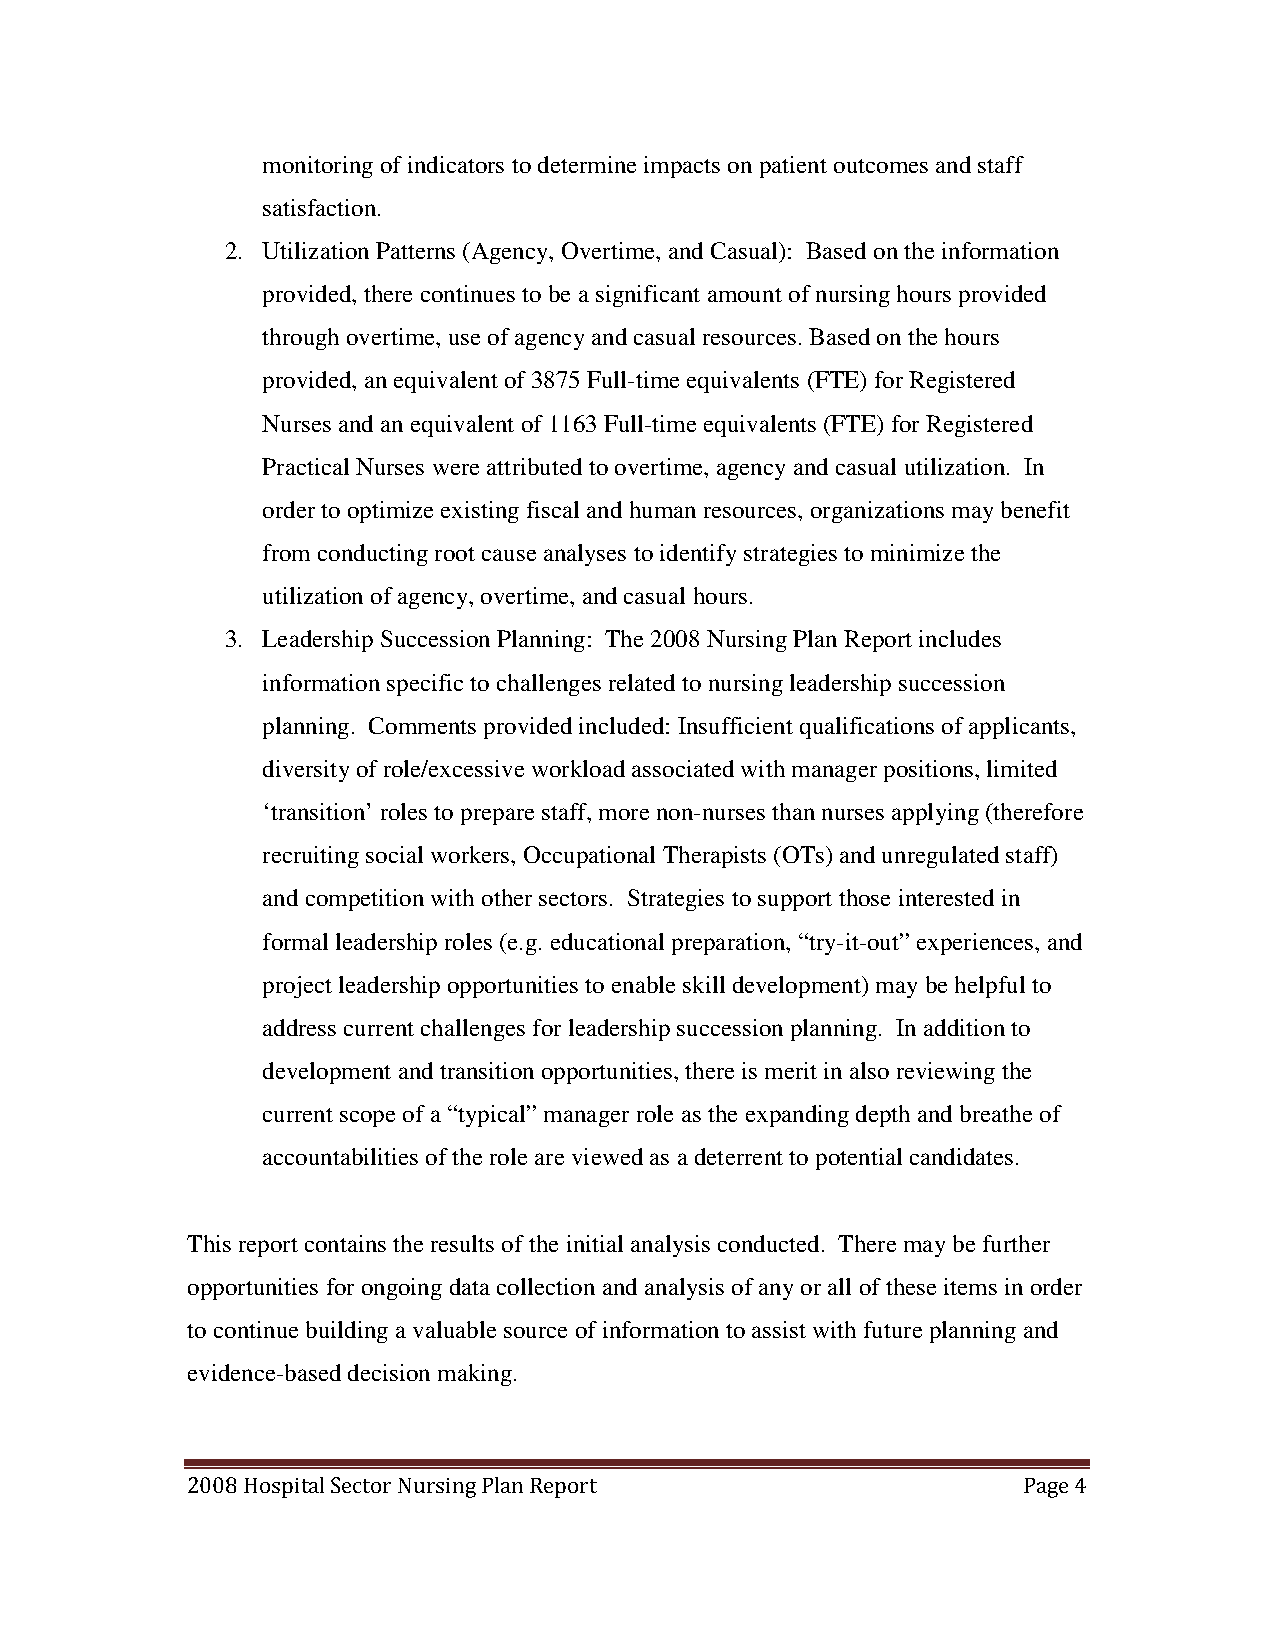
monitoring of indicators to determine impacts on patient outcomes and staff
 satisfaction.
 2. Utilization Patterns (Agency, Overtime, and Casual): Based on the information
 provided, there continues to be a significant amount of nursing hours provided
 through overtime, use of agency and casual resources. Based on the hours
 provided, an equivalent of 3875 Full-time equivalents (FTE) for Registered
 Nurses and an equivalent of 1163 Full-time equivalents (FTE) for Registered
 Practical Nurses were attributed to overtime, agency and casual utilization. In
 order to optimize existing fiscal and human resources, organizations may benefit
 from conducting root cause analyses to identify strategies to minimize the
 utilization of agency, overtime, and casual hours.
 3. Leadership Succession Planning: The 2008 Nursing Plan Report includes
 information specific to challenges related to nursing leadership succession
 planning. Comments provided included: Insufficient qualifications of applicants,
 diversity of role/excessive workload associated with manager positions, limited
 ‘transition’ roles to prepare staff, more non-nurses than nurses applying (therefore
 recruiting social workers, Occupational Therapists (OTs) and unregulated staff)
 and competition with other sectors. Strategies to support those interested in
 formal leadership roles (e.g. educational preparation, “try-it-out” experiences, and
 project leadership opportunities to enable skill development) may be helpful to
 address current challenges for leadership succession planning. In addition to
 development and transition opportunities, there is merit in also reviewing the
 current scope of a “typical” manager role as the expanding depth and breathe of
 accountabilities of the role are viewed as a deterrent to potential candidates.
 This report contains the results of the initial analysis conducted. There may be further
 opportunities for ongoing data collection and analysis of any or all of these items in order
 to continue building a valuable source of information to assist with future planning and
 evidence-based decision making.
 2008 Hospital Sector Nursing Plan Report                Page 4